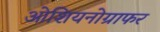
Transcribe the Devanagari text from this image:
ओशियनोग्राफर